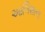
આલિશાના